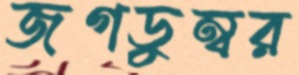
জগডুম্বর